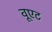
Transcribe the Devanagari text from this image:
वूएट